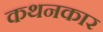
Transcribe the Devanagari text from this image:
कथनकार